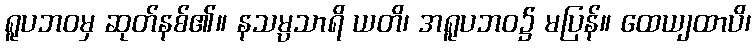
ရူပဘဝမှ ဆုတ်နစ်၏။ နသမ္ပသာရိ ယတိ၊ အရူပဘဝ၌ မပြန်။ ထေယျထာပိ၊